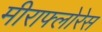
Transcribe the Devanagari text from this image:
मीराफ्लोरेस